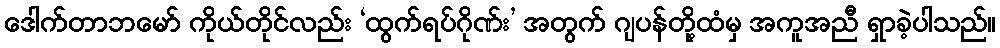
ဒေါက်တာဘမော် ကိုယ်တိုင်လည်း ‘ထွက်ရပ်ဂိုဏ်း’ အတွက် ဂျပန်တို့ထံမှ အကူအညီ ရှာခဲ့ပါသည်။